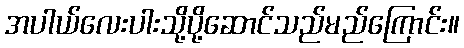
အပါယ်လေးပါးသို့ပို့ဆောင်သည်မည်ကြောင်း။